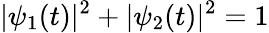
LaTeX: |\psi_{1}(t)|^{2}+|\psi_{2}(t)|^{2}=1